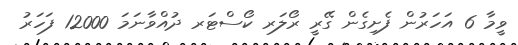
ވީމާ 6 އަހަރުން ފެށިގެން ގޭރީ ރޯލަރ ކޯސްޓަރ ދުއްވާނަމަ 12000 ފަހަރު